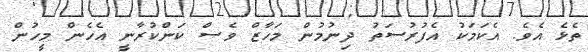
ތެޅެ އެވެ. އެކަމަކު އެފުރުސަތު ދިނުމުން މަހާޒް ވެސް ކަންކުރާނީ އެހެން މީހުން